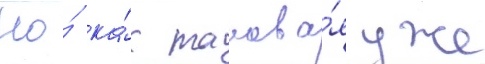
Но́ ка́к такова́я уже